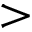
>